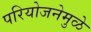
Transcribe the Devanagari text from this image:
परियोजनेमुळे